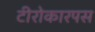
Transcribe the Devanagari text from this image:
टीरोकारपस